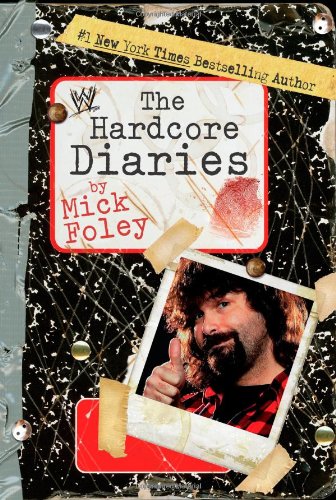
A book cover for The Hardcore Diaries; Mick Foley; Sports & Outdoors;